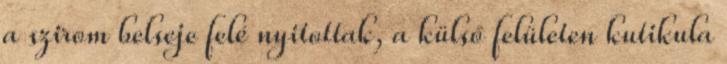
a szirom belseje felé nyitottak, a külső felületen kutikula